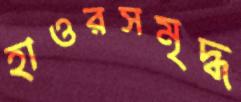
হাওরসমৃদ্ধ